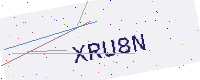
Text: XRU8N